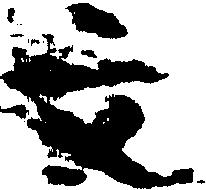
文